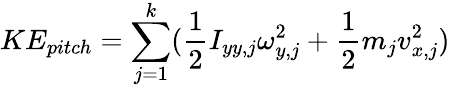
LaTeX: KE_{pitch}=\sum_{j=1}^{k}(\frac{1}{2}I_{yy,j}\omega_{y,j}^{2}+\frac{1}{2}m_{j}v_{x,j}^{2})